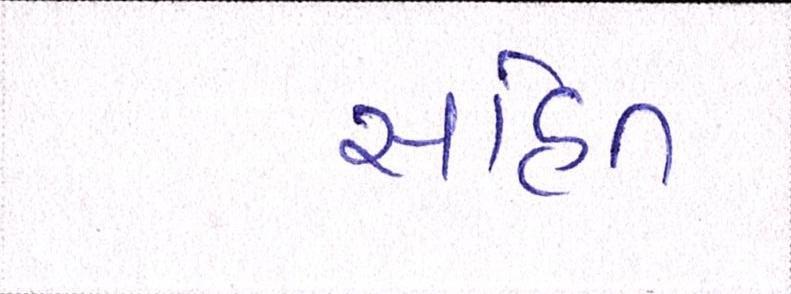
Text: સહિત